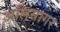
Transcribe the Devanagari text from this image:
अलिसागर